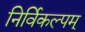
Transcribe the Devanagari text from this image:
निर्विकल्पम्